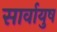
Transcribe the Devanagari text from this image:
सार्वायुष